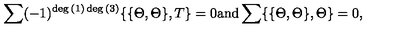
\sum ( - 1 ) ^ { \deg { ( 1 ) } \deg { ( 3 ) } } \{ \{ \Theta , \Theta \} , T \} = 0 \mathrm { a n d } \sum \{ \{ \Theta , \Theta \} , \Theta \} = 0 ,